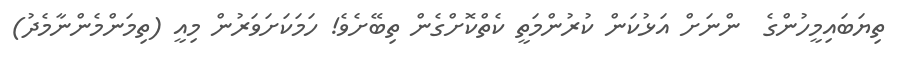
ތިޔަބައިމީހުންގެ  ންނަށް އަޅުކަން ކުރުންމަތީ ކެތްކޮށްގެން ތިބޭށެވެ! ހަމަކަށަވަރުން މިއީ (ތިމަންމެންނާމެދު)